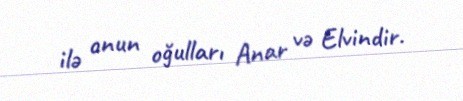
ilə onun oğulları Anar və Elvindir.